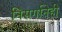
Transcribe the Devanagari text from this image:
निसर्गानेही